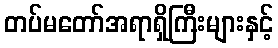
တပ်မတော်အရာရှိကြီးများနှင့်